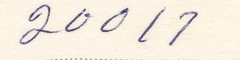
20017